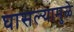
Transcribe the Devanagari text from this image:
घासल्यामुळे